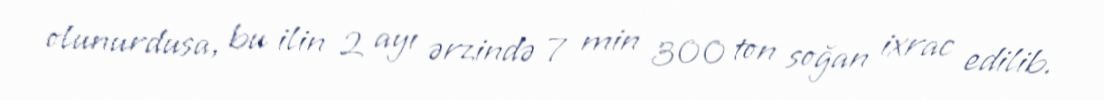
olunurdusa, bu ilin 2 ayı ərzində 7 min 300 ton soğan ixrac edilib.